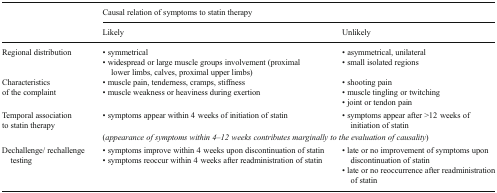
|  | <COLSPAN=2> Causal relation of symptoms to statin therapy |
 |  | Likely | Unlikely |
 | --- | --- | --- |
 | Regional distribution | • symmetrical• widespread or large muscle groups involvement (proximal lower limbs, calves, proximal upper limbs) | • asymmetrical, unilateral• small isolated regions |
 | Characteristicsof the complaint | • muscle pain, tenderness, cramps, stiffness• muscle weakness or heaviness during exertion | • shooting pain• muscle tingling or twitching• joint or tendon pain |
 | Temporal associationto statin therapy | • symptoms appear within 4 weeks of initiation of statin | • symptoms appear after >12 weeks of initiation of statin |
 |  | <COLSPAN=2> (appearance of symptoms within 4–12 weeks contributes marginally to the evaluation of causality) |
 | Dechallenge/ rechallenge testing | • symptoms improve within 4 weeks upon discontinuation of statin• symptoms reoccur within 4 weeks after readministration of statin | • late or no improvement of symptoms upon discontinuation of statin• late or no reoccurrence after readministration of statin |